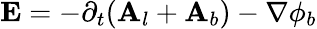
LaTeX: \mathbf{E}=-\partial_{t}(\mathbf{A}_{l}+\mathbf{A}_{b})-\nabla\phi_{b}